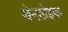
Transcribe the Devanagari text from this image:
बेन्ज़ोइक